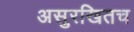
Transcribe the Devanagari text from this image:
असुरखितच